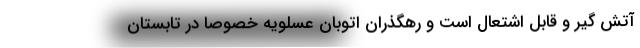
آتش ‌گیر و قابل اشتعال است و رهگذران اتوبان عسلویه خصوصاً در تابستان